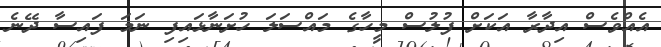
އެއްވެސް އިދާރާ އަކަށް ފުލުސް މީހާގެ މައްސަލަ ހުށަނާޅައިފި ނަމަ ފައިސާ ދޭނެ